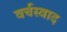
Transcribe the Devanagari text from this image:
वर्चस्वाद